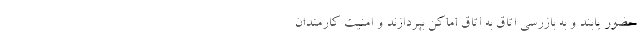
حضور یابند و به بازرسی اتاق به اتاق اماکن بپردازند و امنیت کارمندان